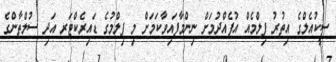
ސީކުއެލްގެ އިތުރު ފިލްމެއް އުފެއްދުމަށް ނިންމާފައިވާކަމަށް މި ފިލްމުގެ ޑައިރެކްޓަރ އަދި ސުލްތާންގެ